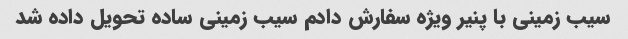
سیب زمینی با پنیر ویژه سفارش دادم سیب زمینی ساده تحویل داده شد